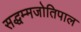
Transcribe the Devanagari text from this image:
सद्धम्मजोतिपाल